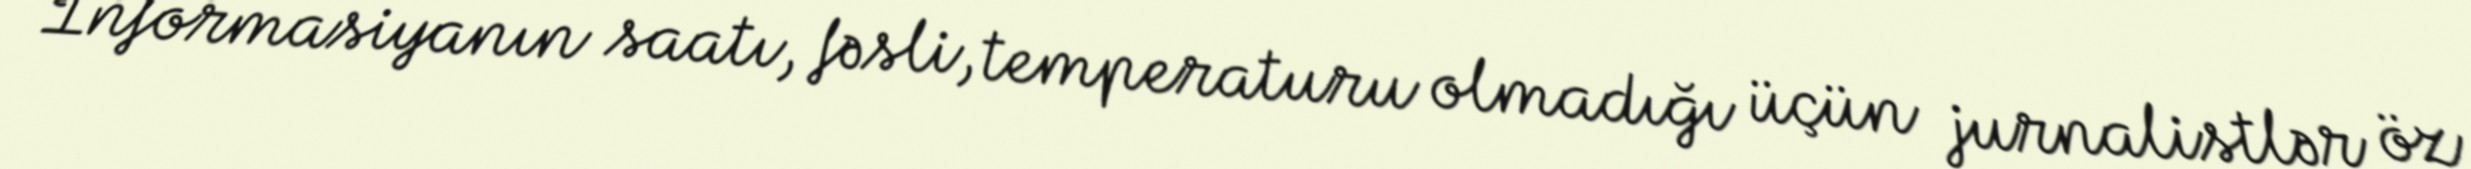
İnformasiyanın saatı, fəsli, temperaturu olmadığı üçün jurnalistlər öz